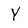
Character: Y